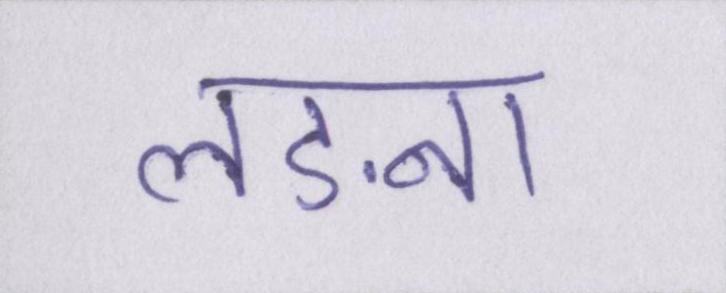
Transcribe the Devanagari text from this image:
लङना